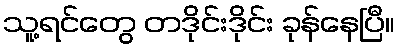
သူ့ရင်တွေ တဒိုင်းဒိုင်း ခုန်နေပြီ။